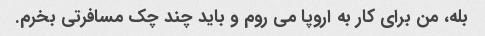
بله، من برای کار به اروپا می روم و باید چند چک مسافرتی بخرم.